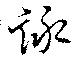
詠